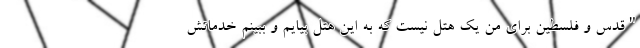
"قدس و فلسطین برای من یک هتل نیست که به این هتل بیایم و ببینم خدماتش